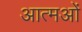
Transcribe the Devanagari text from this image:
आत्मओं